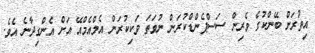
އިތުރަށް ބޭންކުގެ ވެރިން ސަސްޕެންޑްކުރަން ނުވަތަ ވަކިކުރަން އެމްއެމްއޭ އަށް އެންގިދާނެ އެވެ.